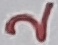
Text: 2